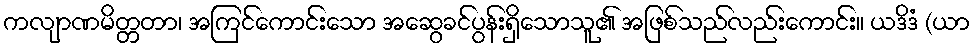
ကလျာဏမိတ္တတာ၊ အကြင်ကောင်းသော အဆွေခင်ပွန်းရှိသောသူ၏ အဖြစ်သည်လည်းကောင်း။ ယဒိဒံ (ယာ